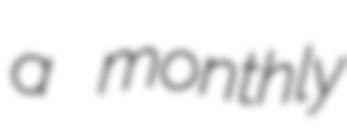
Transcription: a monthly